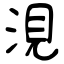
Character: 涀